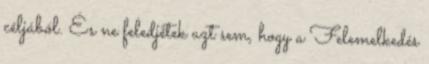
céljából. És ne feledjétek azt sem, hogy a Felemelkedés